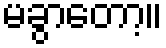
မခွာတော့။